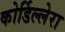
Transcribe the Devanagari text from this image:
कोर्डिल्लेरा